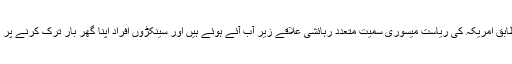
ذرائع ابلاغ کے مطابق امریکہ کی ریاست میسوری سمیت متعدد رہائشی علاقے زیر آب آئے ہوئے ہیں اور سینکڑوں افراد اپنا گھر بار ترک کرنے پر مجبور ہو گئے ہیں۔